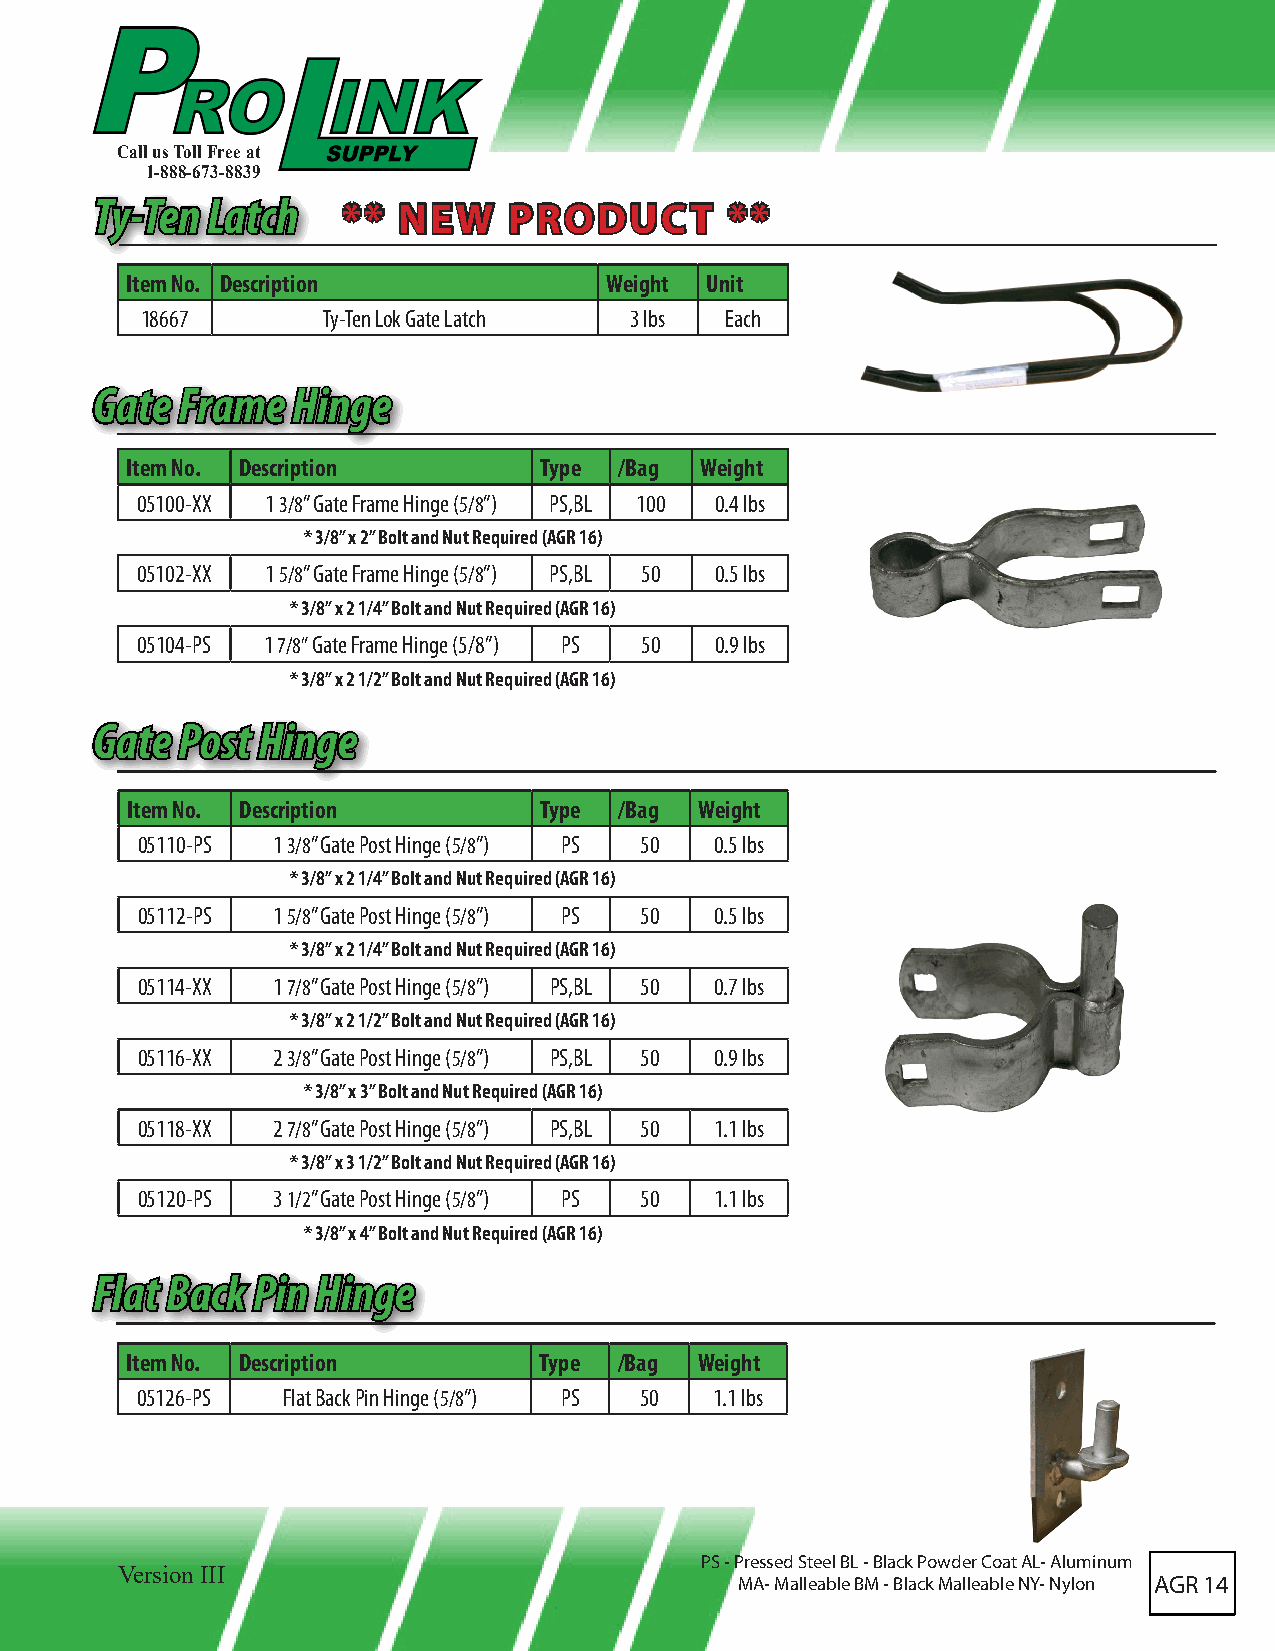
Call us Toll Free at
 1-888-673-8839
 TTyy--TTeenn LLaattcchh **** NNEEWW PPRROODDUUCCTT ****
 Item No. Description            Weight Unit
 18667       Ty-Ten Lok Gate Latch 3 lbs Each
 GGaattee FFrraammee HHiinnggee
 Item No. Description        Type /Bag Weight
 05100-XX 1 3/8” Gate Frame Hinge (5/8”) PS,BL 100 0.4 lbs
 * 3/8” x 2” Bolt and Nut Required (AGR 16)
 05102-XX 1 5/8” Gate Frame Hinge (5/8”) PS,BL 50 0.5 lbs
 * 3/8” x 2 1/4” Bolt and Nut Required (AGR 16)
 05104-PS 1 7/8” Gate Frame Hinge (5/8”) PS 50 0.9 lbs
 * 3/8” x 2 1/2” Bolt and Nut Required (AGR 16)
 GGaattee PPoosstt HHiinnggee
 Item No. Description        Type /Bag Weight
 05110-PS 1 3/8” Gate Post Hinge (5/8”) PS 50 0.5 lbs
 * 3/8” x 2 1/4” Bolt and Nut Required (AGR 16)
 05112-PS 1 5/8” Gate Post Hinge (5/8”) PS 50 0.5 lbs
 * 3/8” x 2 1/4” Bolt and Nut Required (AGR 16)
 05114-XX 1 7/8” Gate Post Hinge (5/8”) PS,BL 50 0.7 lbs
 * 3/8” x 2 1/2” Bolt and Nut Required (AGR 16)
 05116-XX 2 3/8” Gate Post Hinge (5/8”) PS,BL 50 0.9 lbs
 * 3/8” x 3” Bolt and Nut Required (AGR 16)
 05118-XX 2 7/8” Gate Post Hinge (5/8”) PS,BL 50 1.1 lbs
 * 3/8” x 3 1/2” Bolt and Nut Required (AGR 16)
 05120-PS 3 1/2” Gate Post Hinge (5/8”) PS 50 1.1 lbs
 * 3/8” x 4” Bolt and Nut Required (AGR 16)
 FFllaatt BBaacckk PPiinn HHiinnggee
 Item No. Description        Type /Bag Weight
 05126-PS  Flat Back Pin Hinge (5/8”) PS 50 1.1 lbs
 PS - Pressed Steel BL - Black Powder Coat AL- Aluminum
 Version III
 MA- Malleable BM - Black Malleable NY- Nylon AGR 14